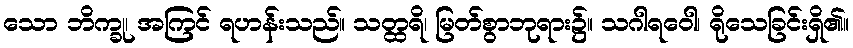
သော ဘိက္ခု၊ အကြင် ရဟန်းသည်။ သတ္ထရိ၊ မြတ်စွာဘုရား၌။ သဂါရဝေါ၊ ရိုသေခြင်းရှိ၏။